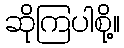
ဆိုကြပါစို့။